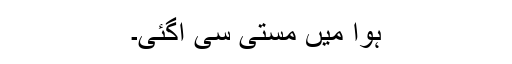
ہوا میں مستی سی آگئی۔